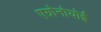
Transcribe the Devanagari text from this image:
एग्रोनोयोई